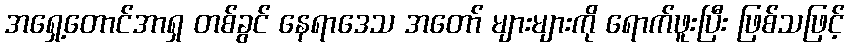
အရှေ့တောင်အာရှ တစ်ခွင် နေရာဒေသ အတော် များများကို ရောက်ဖူးပြီး ဖြစ်သဖြင့်